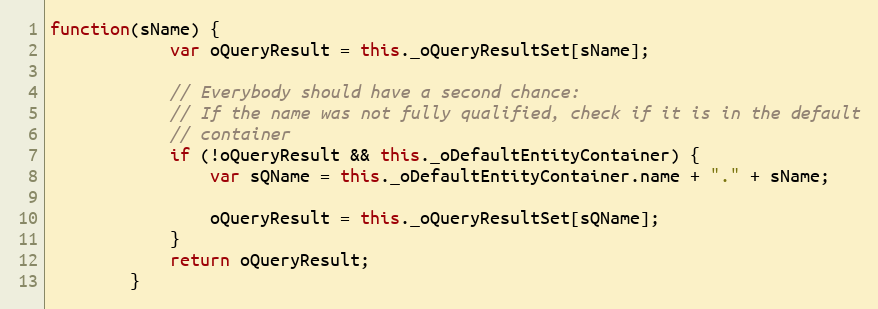
Language: JavaScript
function(sName) {
			var oQueryResult = this._oQueryResultSet[sName];

			// Everybody should have a second chance:
			// If the name was not fully qualified, check if it is in the default
			// container
			if (!oQueryResult && this._oDefaultEntityContainer) {
				var sQName = this._oDefaultEntityContainer.name + "." + sName;

				oQueryResult = this._oQueryResultSet[sQName];
			}
			return oQueryResult;
		}